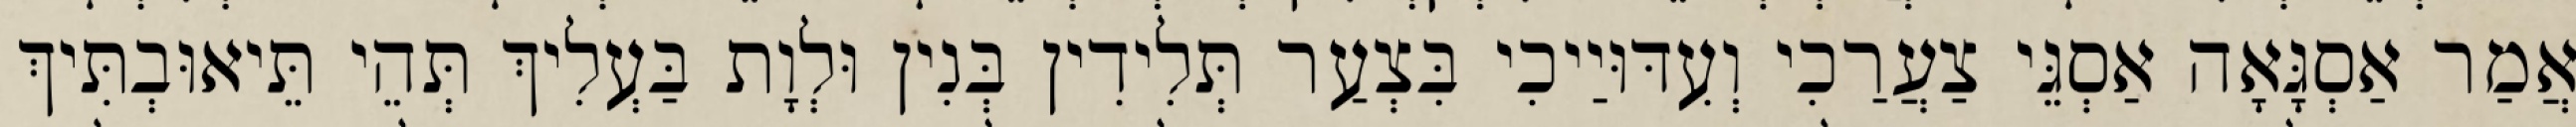
אֲמַר אַסְגָּאָה אַסְגֵּי צַעֲרַכִי וְעִדּוּיַיכִי בִּצְעַר תְּלִידִין בְּנִין וּלְוָת בַּעְלִיךְ תְּהֵי תֵּיאוּבְתִּיךְ